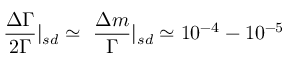
\frac { \Delta \Gamma } { 2 \Gamma } | _ { s d } \simeq ~ \frac { \Delta m } { \Gamma } | _ { s d } \simeq 1 0 ^ { - 4 } - 1 0 ^ { - 5 }